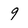
Character: 9